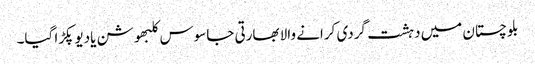
بلوچستان میں دہشت گردی کرانے والا بھارتی جاسوس کلبھوشن یادیو پکڑا گیا۔